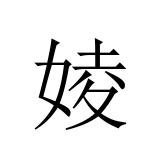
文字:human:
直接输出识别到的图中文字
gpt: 婈